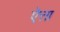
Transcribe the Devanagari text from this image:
ऐत्ता